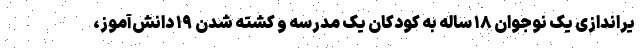
یراندازی یک نوجوان ۱۸ ساله به کودکان یک مدرسه و کشته شدن ۱۹ دانش‌آموز،